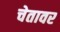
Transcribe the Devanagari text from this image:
चेतावर